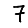
Digit: 7